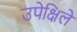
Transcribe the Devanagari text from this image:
उपेक्षिले